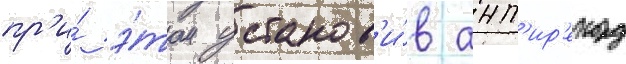
пр'и́ э́том установ'и́в ант'ир'екорд